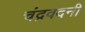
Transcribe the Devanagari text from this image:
चंद्रवदनी